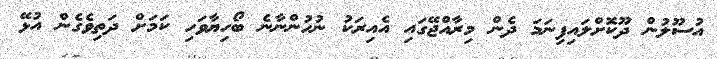
އުސޫލުން ދޫކޮށްލައިފިނަމަ ދެން މިރާއްޖޭގައި އެއިރަކު ނުހުންނާނެ ބޯހިޔާވަހި ކަމަށް ދަތިވެގެން އުޅޭ